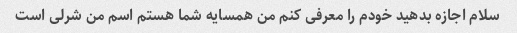
سلام اجازه بدهید خودم را معرفی کنم من همسایه شما هستم اسم من شرلی است